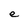
Character: e